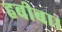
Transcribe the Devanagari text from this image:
हबीबा।